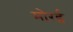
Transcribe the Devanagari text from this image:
मोरई